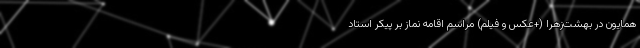
همایون در بهشت‌زهرا (+عکس و فیلم) مراسم اقامه نماز بر پیکر استاد